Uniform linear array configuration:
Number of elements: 12
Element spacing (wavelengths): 1
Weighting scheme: uniform
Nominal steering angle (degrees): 30
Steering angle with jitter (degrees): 28.09
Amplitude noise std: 0.05
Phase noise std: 0.05

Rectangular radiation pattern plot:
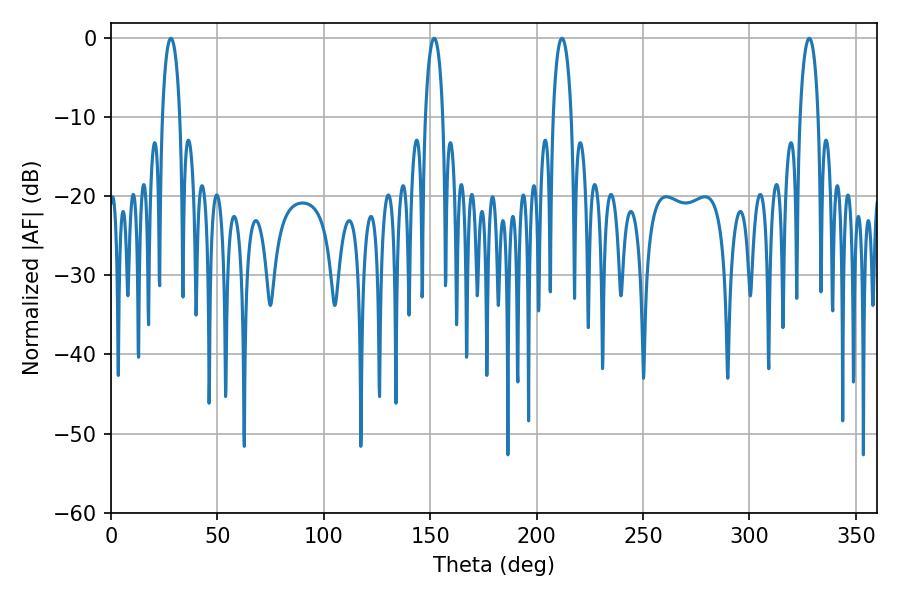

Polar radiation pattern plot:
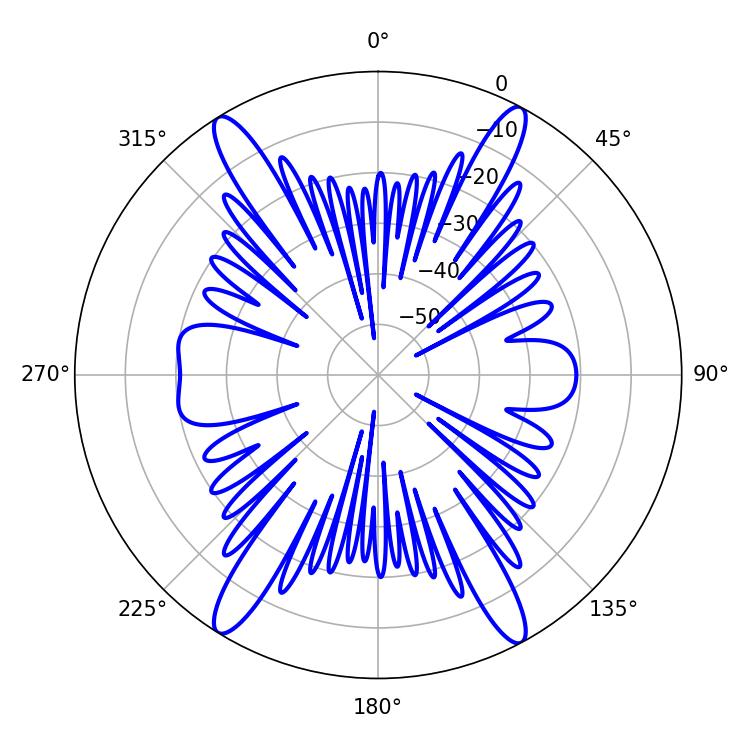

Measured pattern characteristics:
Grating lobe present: TRUE
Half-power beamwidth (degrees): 4.86
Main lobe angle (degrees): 328.14